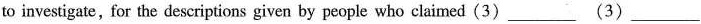
to investigate, for the descriptions given by people who claimed (3)___(3)___